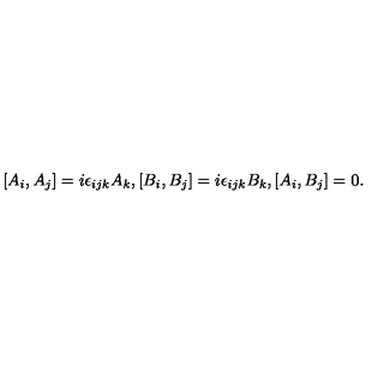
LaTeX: [ A _ { i } , A _ { j } ] = i \epsilon _ { i j k } A _ { k } , [ B _ { i } , B _ { j } ] = i \epsilon _ { i j k } B _ { k } , [ A _ { i } , B _ { j } ] = 0 .